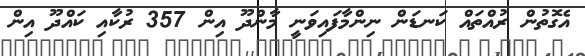
އެގޮތުން ރުއްތައް ކަނޑަން ނިންމާފައިވަނީ މާންދޫ އިން 357 ރުކާއި ކައްދޫ އިން